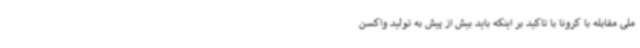
ملی مقابله با کرونا با تاکید بر اینکه باید بیش از پیش به تولید واکسن